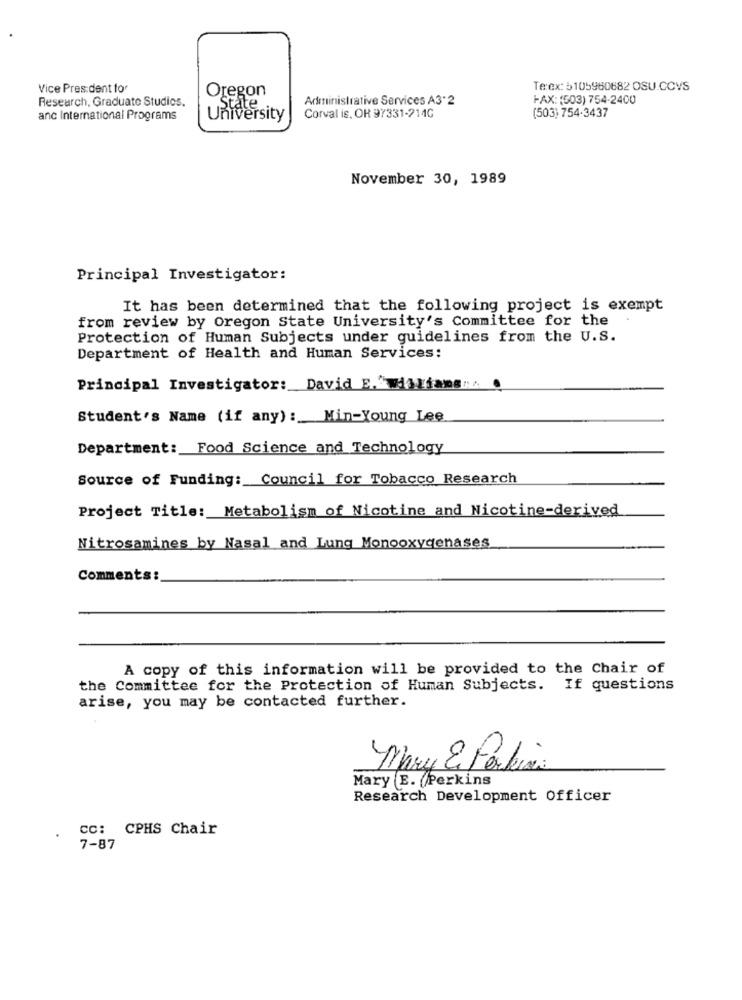
Vice President for
Oregon
Te:ex: 5105960682 OSU.COVS
Research, Graduate Studios.
Administrative Services A3 2
FAX: (503) 754-2400
State
(503) 754-3437
anc International Programs
University
Corval is, OR 97331-2140
November 30, 1989
Principal Investigator:
It has been determined that the following project is exempt
from review by Oregon State University's Committee for the
Protection of Human Subjects under guidelines from the U.S.
Department of Health and Human Services:
Principal Investigator: David E. Williams:4
Student's Name (if any): Min-Young Lee
Department: Food Science and Technology
Source of Funding: Council for Tobacco Research
Project Title: Metabolism of Nicotine and Nicotine-derived
Nitrosamines by Nasal and Lung Monooxygenases
Comments:
A copy of this information will be provided to the Chair of
the Committee for the Protection of Human Subjects. If questions
arise, you may be contacted further.
Mary & Perkins
Mary E. Perkins
Research Development Officer
CC: CPHS Chair
7-87